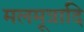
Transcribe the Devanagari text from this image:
मलमूत्रादि